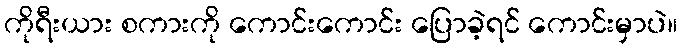
ကိုရီးယား စကားကို ကောင်းကောင်း ပြောခဲ့ရင် ကောင်းမှာပဲ။